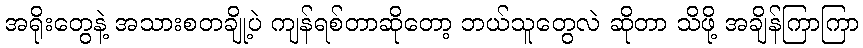
အရိုးတွေနဲ့ အသားစတချို့ပဲ ကျန်ရစ်တာဆိုတော့ ဘယ်သူတွေလဲ ဆိုတာ သိဖို့ အချိန်ကြာကြာ